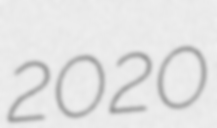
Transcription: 2020